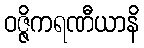
ဝဇ္ဇိကရဏီယာနိ